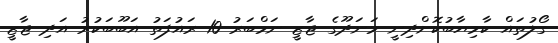
ގޯލުތައް ކާމިޔާބުކޮށްދިނީ މަނަދޫގެ ޖާޒީ ނަމްބަރު 10 ރައުފަތު އަބޫބަކުރު އަދި ޖާޒީ